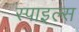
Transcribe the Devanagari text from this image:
स्पाइल्स